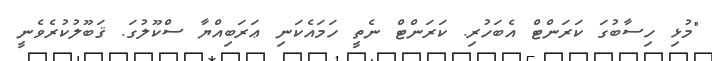
"މުޅި ހިސާބުގަ ކަރަންޓް އެބަހުރި. ކަރަންޓް ނެތީ ހަމައެކަނި ޢަރަބިއްޔާ ސްކޫލުގަ. ޤަބޫލުކުރެވެނީ